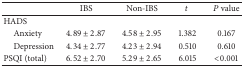
|  | IBS | Non-IBS | t | P value |
 | --- | --- | --- | --- | --- |
 | HADS |  |  |  |  |
 | Anxiety | 4.89 ± 2.87 | 4.58 ± 2.95 | 1.382 | 0.167 |
 | Depression | 4.34 ± 2.77 | 4.23 ± 2.94 | 0.510 | 0.610 |
 | PSQI (total) | 6.52 ± 2.70 | 5.29 ± 2.65 | 6.015 | <0.001 |